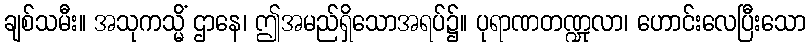
ချစ်သမီး။ အသုကသ္မိံ ဌာနေ၊ ဤအမည်ရှိသောအရပ်၌။ ပုရာဏတဏ္ဍုလာ၊ ဟောင်းလေပြီးသော